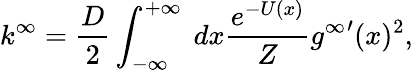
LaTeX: k^{\infty}=\frac{D}{2}\int_{-\infty}^{+\infty}\ dx\frac{e^{-U(x)}}{Z}{g^{\infty}}^{\prime}(x)^{2},